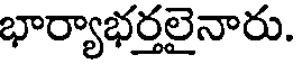
భార్యాభర్తలైనారు.